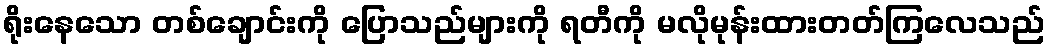
ရိုးနေသော တစ်ချောင်းကို ပြောသည်များကို ရတီကို မလိုမုန်းထားတတ်ကြလေသည်